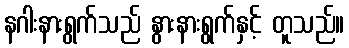
နဂါးနားရွက်သည် နွားနားရွက်နှင့် တူသည်။